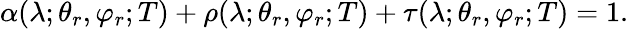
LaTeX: \alpha(\lambda;\theta_{r},\varphi_{r};T)+\rho(\lambda;\theta_{r},\varphi_{r};T)+\tau(\lambda;\theta_{r},\varphi_{r};T)=1\mathrm{.}